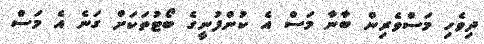
ދިވެހި މަސްވެރިން ބާނާ މަސް އެ ކުންފުނީގެ ބޯޓުތަކަށް ގަނެ އެ މަސް